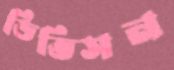
ডিভিসন